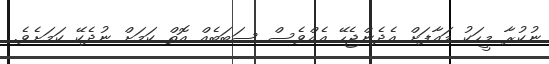
ނުކުރާ މީހަކު މައާފަށް އެދެންޖެހޭ އެއްވެސް ސަބަބެއް އޮތް ކަމަށް ނުދެކޭ ކަމަށެވެ.